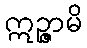
ဣဉ္ဇာမိ